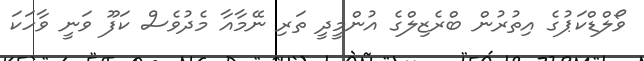
ވޯލްޑްކަޕުގެ އިތުރުން ބްރެޒިލްގެ އުންމީދީ ތަރި ނޭމާއާ މެދުވެސް ކަފޫ ވަނީ ވާހަކަ